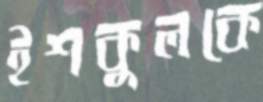
ইশকুলকে